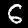
Digit: 6